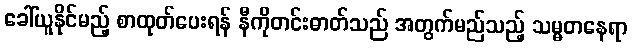
ခေါ်ယူနိုင်မည့် စာထုတ်ပေးရန် နီကိုတင်းဓာတ်သည် အတွက်မည်သည့် သမ္မတနေရာ